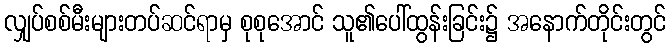
လျှပ်စစ်မီးများတပ်ဆင်ရာမှ စုစုအောင် သူ၏ပေါ်ထွန်းခြင်း၌ အနောက်တိုင်းတွင်